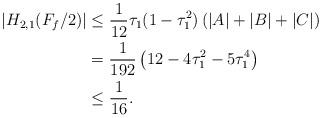
LaTeX: \begin{align*}|H_{2,1}(F_{f}/2)|&\leq\frac{1}{12}\tau_{1}(1-\tau^2_{1})\left(|A|+|B|+|C|\right)\\&=\frac{1}{192}\left(12-4\tau^2_{1}-5\tau^4_{1}\right)\\&\leq\frac{1}{16}.\end{align*}